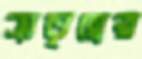
ভ্রাতৃত্বের